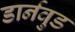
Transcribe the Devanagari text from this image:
डार्नवुड